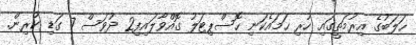
ހަލަބުގެ އިރުމަތީގައި ހުރި ހަމައެކަނި ހޮސްޕިޓަލު ގޮއްވާލައިފި2 ދުވަސް 7 ގަޑި ކުރިން.